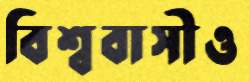
বিশ্ববাসীও